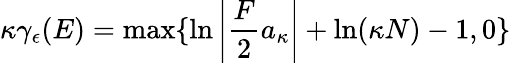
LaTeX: \kappa\gamma_{\epsilon}(E)=\mathrm{{max}}\{ \ln\left|\frac{F}{2}a_{\kappa}\right|+\ln(\kappa N)-1,0\}